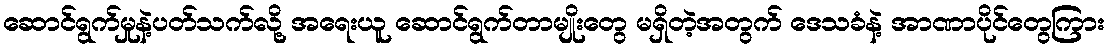
ဆောင်ရွက်မှုနဲ့ပတ်သက်လို့ အရေးယူ ဆောင်ရွက်တာမျိုးတွေ မရှိတဲ့အတွက် ဒေသခံနဲ့ အာဏာပိုင်တွေကြား